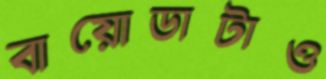
বায়োডাটাও